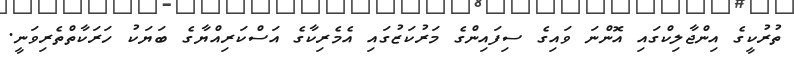
ތުރުކީގެ އިންޖާލިކްގައި އޮންނަ ވައިގެ ސިފައިންގެ މަރުކަޒުގައި އެމެރިކާގެ އަސްކަރިއްޔާގެ ބަޔަކު ހަރަކާތްތެރިވަނީ.